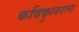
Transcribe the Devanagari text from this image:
कविकुलरत्न